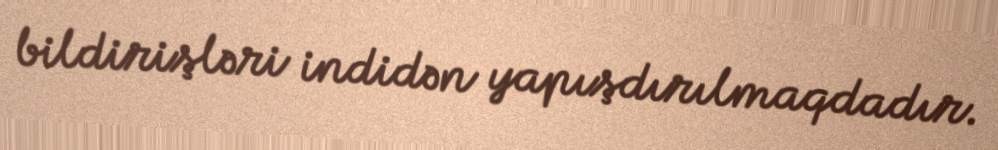
bildirişləri indidən yapışdırılmaqdadır.